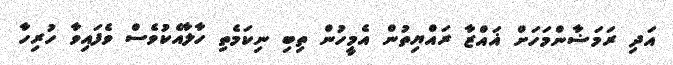
އަދި ރަމަޟާންމަހަށް ޣައްޒާ ރައްޔިތުން އެމީހުން ތިބި ނިކަމެތި ހާލާއެކުވެސް ވެފައިވާ ހުރިހާ